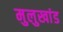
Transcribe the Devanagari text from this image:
मुलुखांड